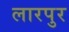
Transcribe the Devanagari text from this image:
लारपुर